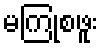
မကြုံစဖူး